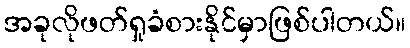
အခုလိုဖတ်ရှုခံစားနိုင်မှာဖြစ်ပါတယ်။